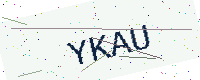
Text: YKAU